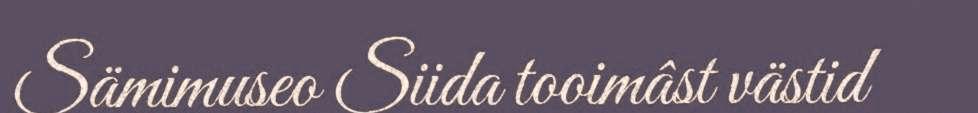
Sämimuseo Siida tooimâst västid